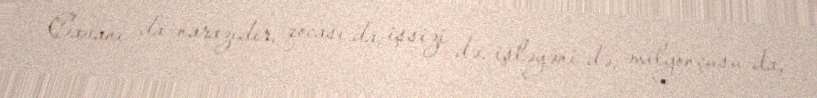
Cavanı da narazıdır, qocası da; işsizi də, işləyəni də; milyonçusu da,